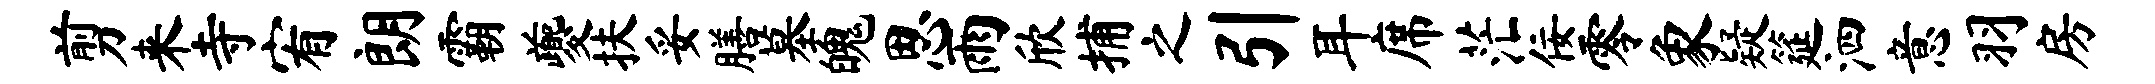
剪来寺宥朗霸夔扶妥膳墓魄思雨欣捕之引耳席茫佞零象疑筵泗意羽房